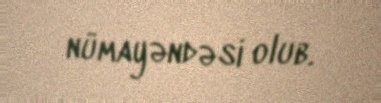
nümayəndəsi olub.